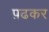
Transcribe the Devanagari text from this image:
प़ढकर